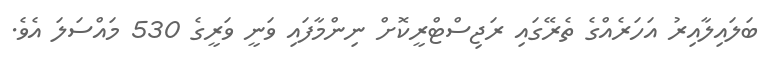
ބަލައިލާއިރު އަހަރެއްގެ ތެރޭގައި ރަޖިސްޓްރީކޮށް ނިންމާފައި ވަނީ ވަރީގެ 530 މައްސަލަ އެވެ.